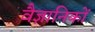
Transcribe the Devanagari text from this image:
वैज्ञानिकों